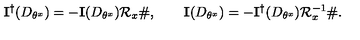
\mathbf { I } ^ { \dagger } ( D _ { \theta ^ { x } } ) = - \mathbf { I } ( D _ { \theta ^ { x } } ) \mathcal { R } _ { x } \# , \qquad \mathbf { I } ( D _ { \theta ^ { x } } ) = - \mathbf { I } ^ { \dagger } ( D _ { \theta ^ { x } } ) \mathcal { R } _ { x } ^ { - 1 } \# .